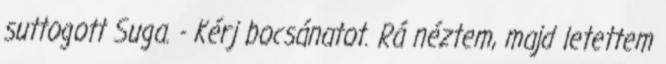
suttogott Suga. - Kérj bocsánatot. Rá néztem, majd letettem